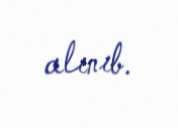
alınıb.